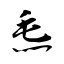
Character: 𤆬